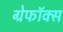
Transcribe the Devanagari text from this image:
ग्रेफॉक्स